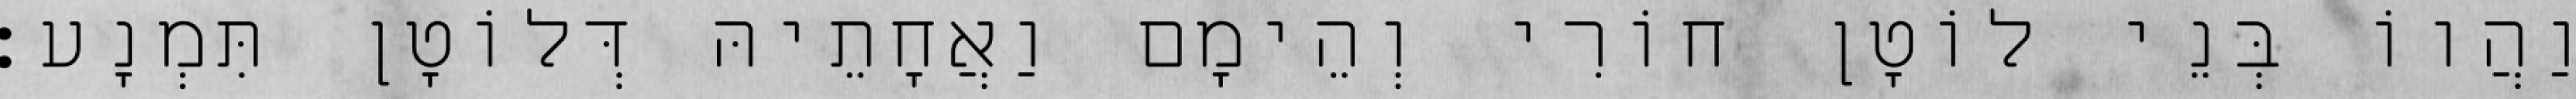
וַהֲווֹ בְּנֵי לוֹטָן חוֹרִי וְהֵימָם וַאֲחָתֵיהּ דְּלוֹטָן תִּמְנָע׃